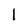
Character: l